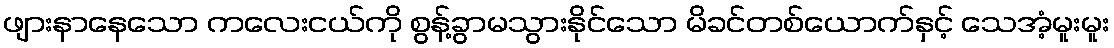
ဖျားနာနေသော ကလေးငယ်ကို စွန့်ခွာမသွားနိုင်သော မိခင်တစ်ယောက်နှင့် သေအံ့မူးမူး